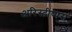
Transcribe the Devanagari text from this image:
अरिस्टीप्पस